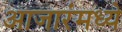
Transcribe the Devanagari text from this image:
आजारंमध्ये